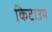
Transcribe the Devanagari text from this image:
किटाउम